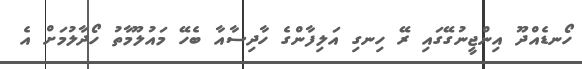
ހޯނޑެއްދޫ އިންޖީނުގޭގައި ރޭ ހިނގި އަލިފާންގެ ހާދިސާއާ ބެހޭ މައުލޫމާތު ހޯދާލުމަށް އެ